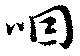
咽